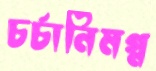
চর্চানিমগ্ন